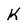
Character: K